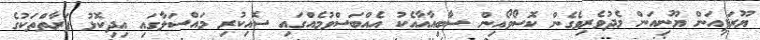
ޔޫރަޕިއަން ޔޫނިއަން މެދުވެރިވެގެން ކޮސޯވޯއިން ސާބިއާއާއެކު އެއްބަސްވުމެއްގައި ސޮއިކުރި މައްސަލާގައި އިދިކޮޅު ފަރާތްތަކުގެ